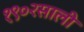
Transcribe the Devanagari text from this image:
१९०२साली